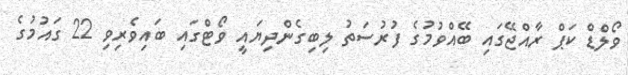
ވޯލްޑް ކަޕް ރާއްޖޭގައި ބޭއްވުމުގެ ފުރުސަތު ލިބިގެންދިޔައީ ވޯޓްގައި ބައިވެރިވި 22 ގައުމުގެ